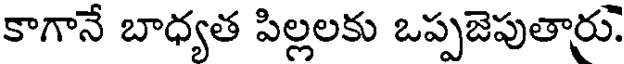
కాగానే బాధ్యత పిల్లలకు ఒప్పజెపుతార్రు.